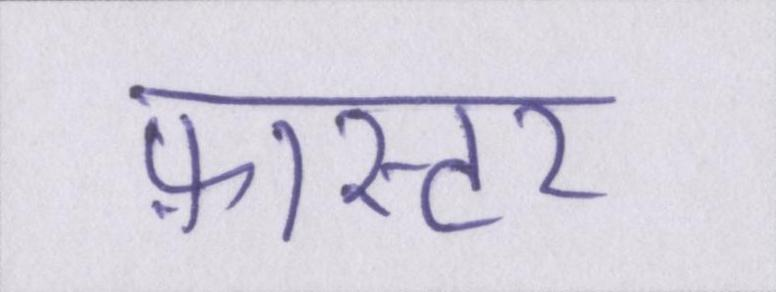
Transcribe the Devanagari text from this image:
फ़ास्टर